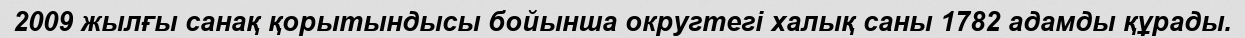
2009 жылғы санақ қорытындысы бойынша округтегі халық саны 1782 адамды құрады.